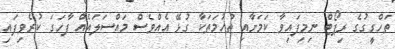
ތަހްގީގުގެ ރިޕޯޓް ނިމިފައިވާ ކަމަށާއި ތުހުމަތަކާ ގުޅޭ އެއްވެސް މައްސަލައެއް ފާހަގަ ކުރެވިފައި